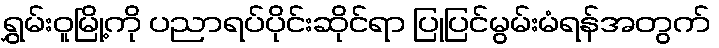
ရွှမ်းဝူမြို့ကို ပညာရပ်ပိုင်းဆိုင်ရာ ပြုပြင်မွမ်းမံရန်အတွက်